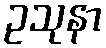
ဥသုနာ